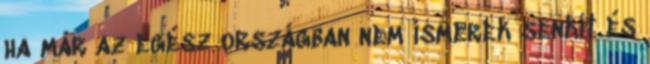
ha már az egész országban nem ismerek senkit és